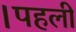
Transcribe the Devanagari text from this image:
।पहली